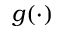
g ( \cdot )